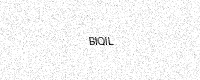
Text: BIQIL